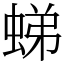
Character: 𧋘